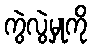
ကွဲလွဲမှုကို